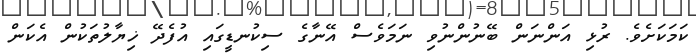
ކަމަކަށެވެ. ރުޅި އަންނަން ބޭނުންނުވި ނަމަވެސް އޭނާގެ ސިކުނޑީގައި އުފެދޭ ޚިޔާލުތަކުން އެކަން